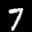
Label: 7